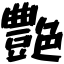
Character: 艶